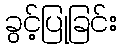
ခွင့်ပြုခြင်း